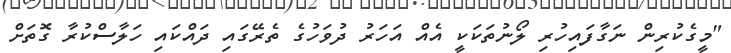
"މީގެކުރިން ނަގާފައިހުރި ލޯނުތަކަކީ އެއް އަހަރު ދުވަހުގެ ތެރޭގައި ދައްކައި ހަލާސްކުރާ ގޮތަށް